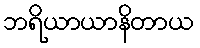
ဘရိယာယာနိတာယ